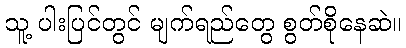
သူ့ ပါးပြင်တွင် မျက်ရည်တွေ စွတ်စိုနေဆဲ။